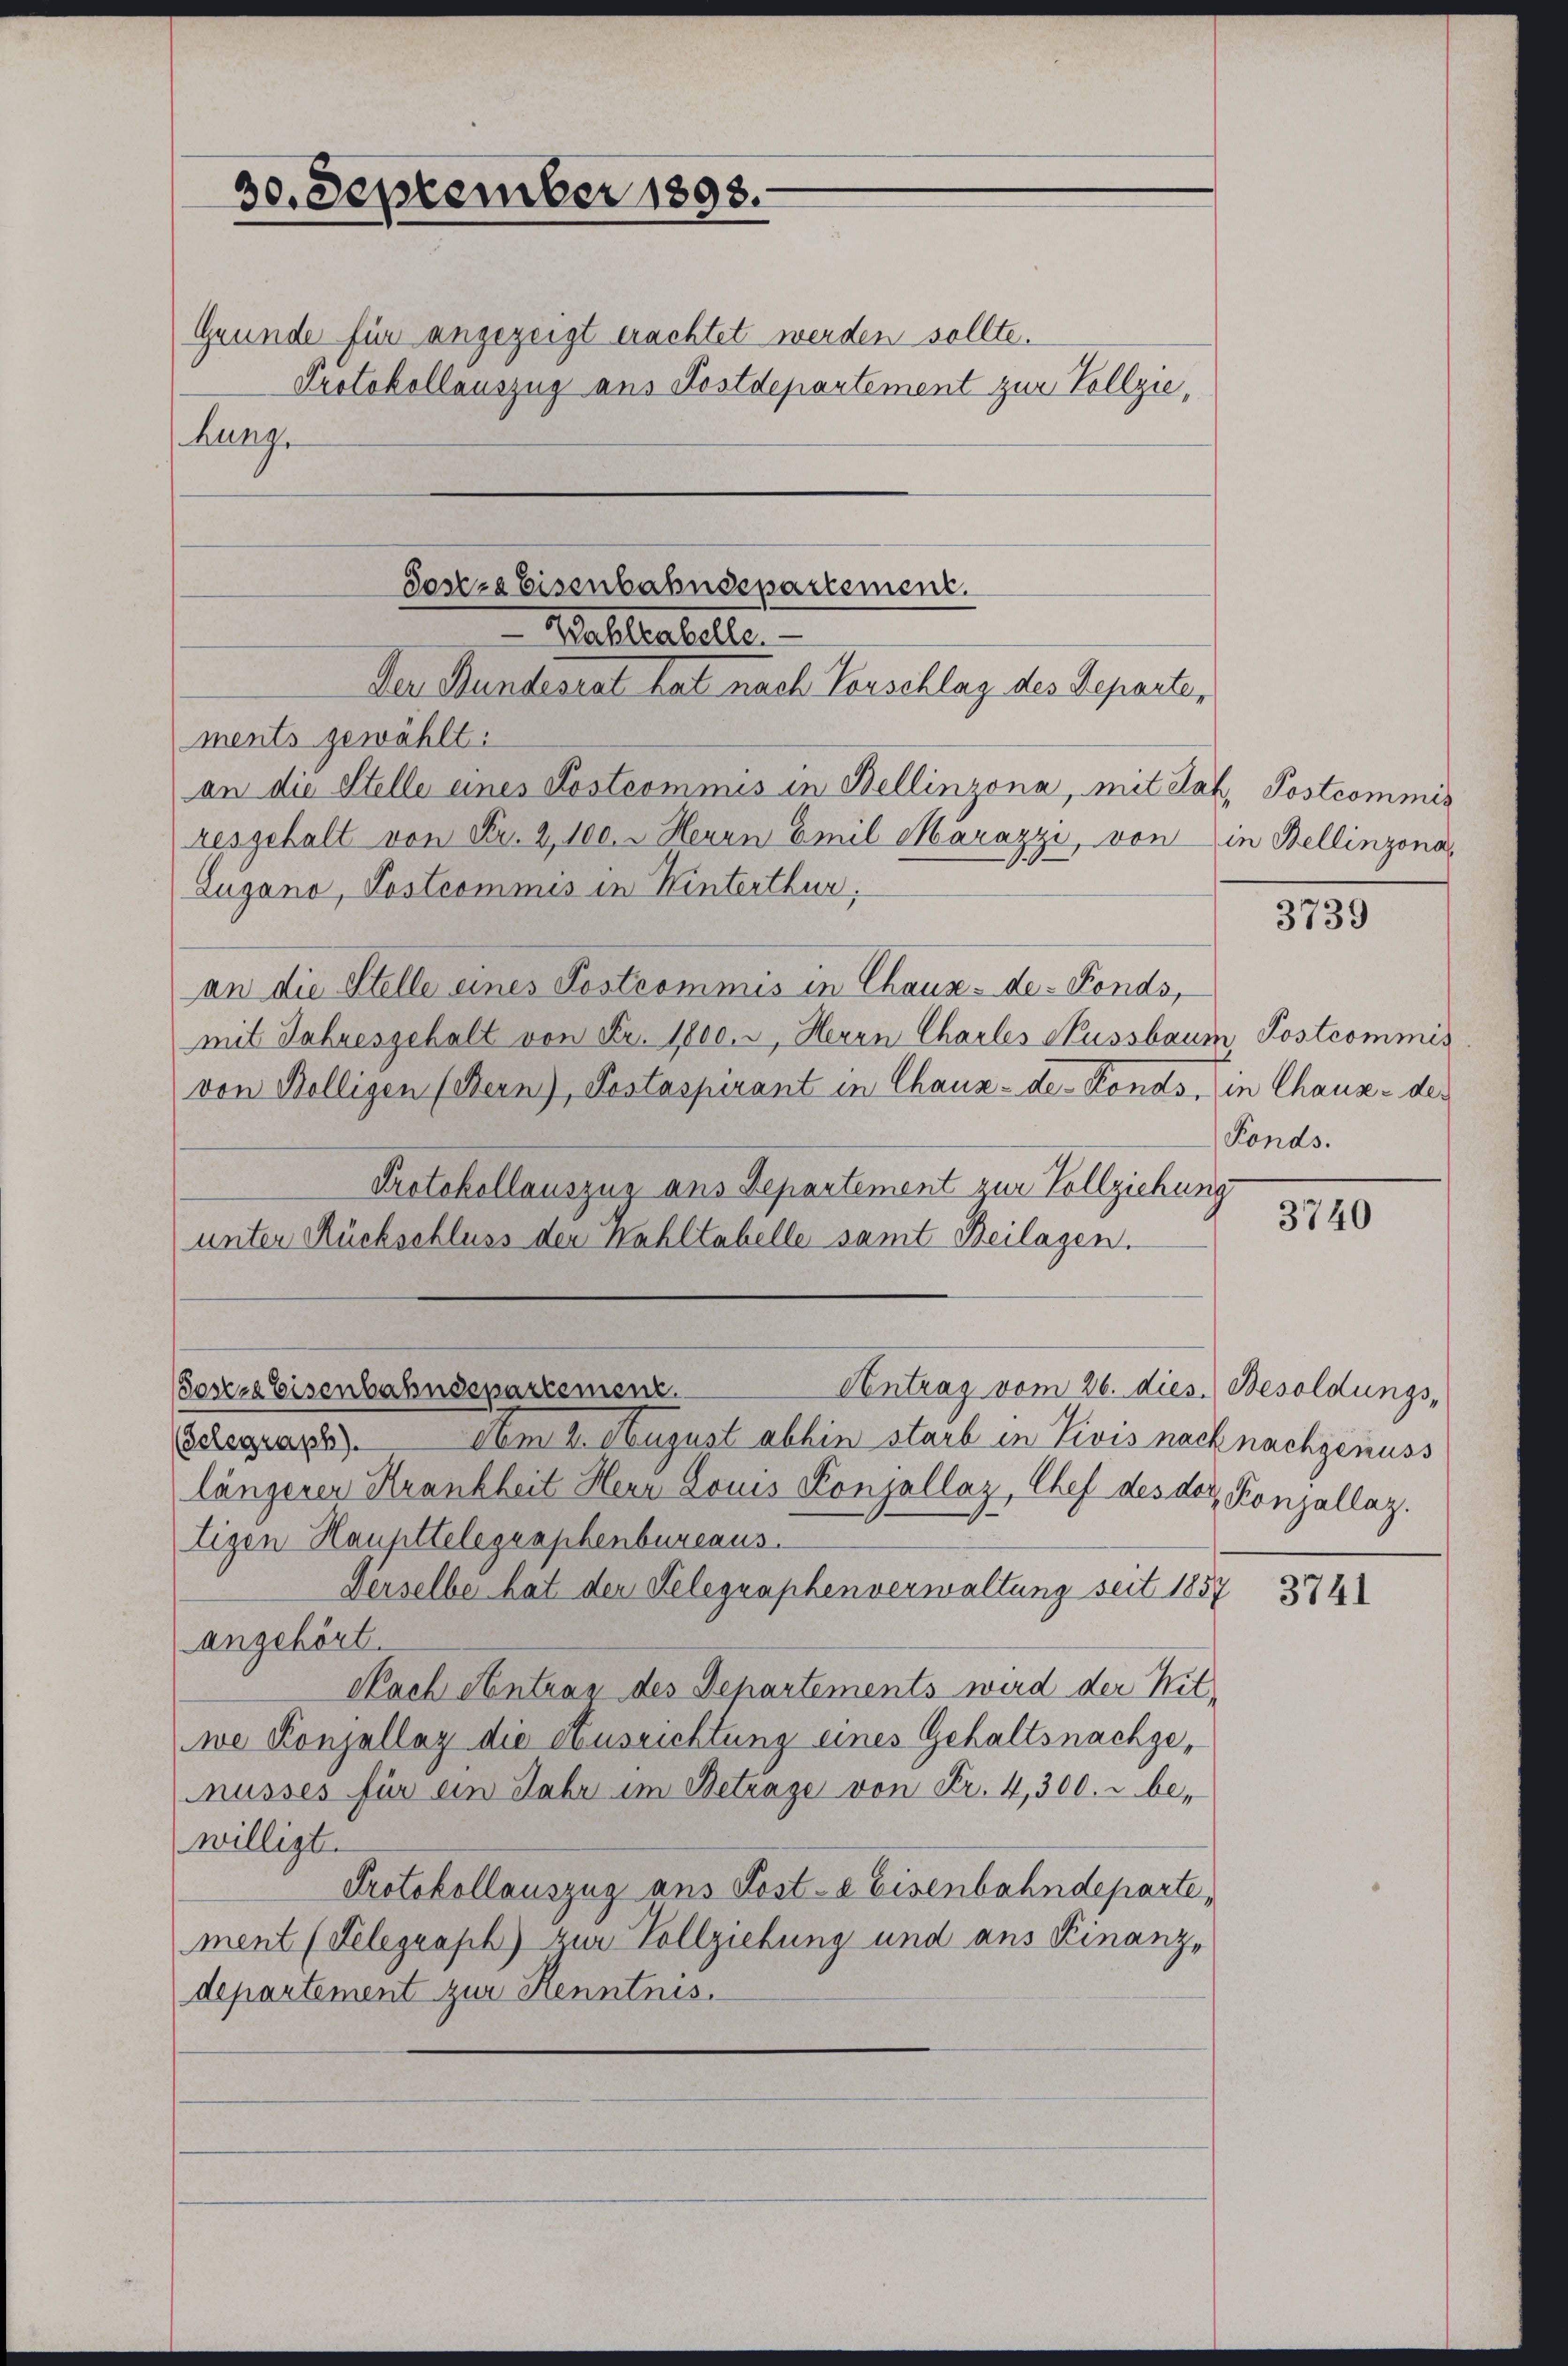
30. September 1893.
Gründe für angezeigt erachtet werden sollte.

Protokollauszug aus Postdepartement zur Vollzie,
ments gewählt:
an die Stelle eines Köstcommis in Bellinzona, mit Jak. Postcommis
resgehalt von Fr. 2, 100. - Herrn Emil Marazzi, von
Lugano, Postcommis in Winterthur,
an die Stelle eines Postrommis in Chaux-de-Fonds,
mit Jahresgehalt von Fr. 1000., Herrn Charles Nussbaum Postcommis
von Belligen (Bern), Postaspirant in Chaux-de-Fonds, in Chaux-der
Protokollauszug aus Departement zur Vollziehung
unter Rückschluss den Kahltabelle samt Beilagen.

hung.

Soseze Eisenbahnsepartement.
Waltabelle.
Der Bundesrat hat nach Vorschlag des Reparte,

Am 2. August abhin starb in Zivis nach nachgenuss
(Gelegraph.
längerer Krankheit Herr Louis Konjallaz, Chef des der Konjallaz.
tigen Haupttelegraphenbureaus.
Derselbe hat der Telegraphenverwaltung seit 1857 874
angehört.
Nach Antrag des Departements wird der Nitwe Konzellaz die Ausrichtung eines Gehaltsnachgenusses für ein Jahr im Betrage von Fr. 4,300. u bewilligt
Protokollauszug aus Post-a Eisenbahndeparte,
ment (Telegraph) zur Vollziehung und aus Finanz-
departement zur Kenntnis.

Antrag vom 26. Dies Besoldungs-
Soser Eisenbahnsepartement.

in Bellinzona

3739

Fonds.

3740